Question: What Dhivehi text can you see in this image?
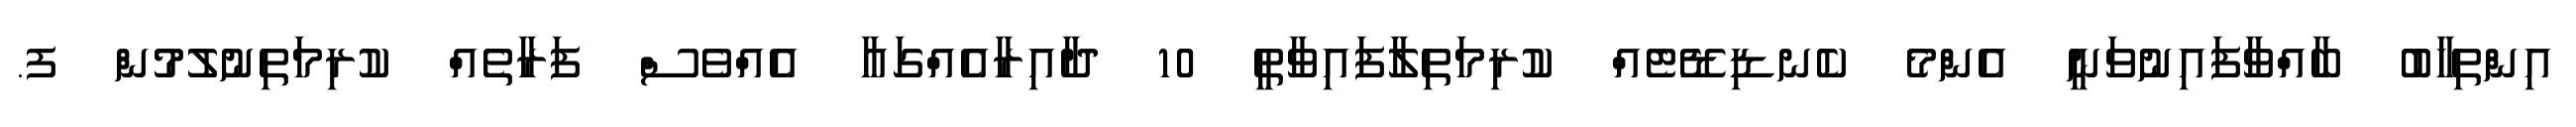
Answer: އިންތިޚާބު ބާއްވާފައިނުވަނީ އެންމެ ކެނޑިޑޭޓެއް ކުރިމަތިލާފައިވާތީ 10 ދާއިރާއެއްގައާ އެއްވެސް ފަރާތެއް ކުރިމަތިނުލުމުން ފ.